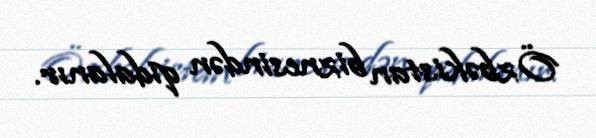
Özbəkistan biznesindən qidalanır.